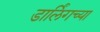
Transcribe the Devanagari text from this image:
डार्लिंगच्या